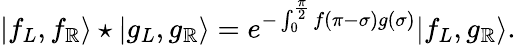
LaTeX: |f_{L},f_{\mathbb{R}}\rangle\star|g_{L},g_{\mathbb{R}}\rangle=e^{-\int_{0}^{\frac{{\pi}}{{2}}}f(\pi-\sigma)g(\sigma)}|f_{L},g_{\mathbb{R}}\rangle.